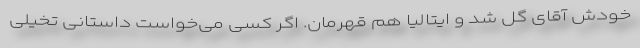
خودش آقای گل شد و ایتالیا هم قهرمان. اگر کسی می‌خواست داستانی تخیلی